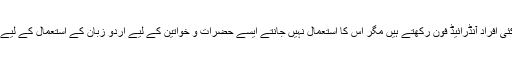
ہمارے معاشرے میں کئی افراد آنڈرائیڈ فون رکھتے ہیں مگر اس کا استعمال نہیں جانتے ایسے حضرات و خواتین کے لیے اردو زبان کے استعمال کے لیے کار گاہ کی جائے گی۔